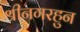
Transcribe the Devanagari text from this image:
श्रीनगरहुन